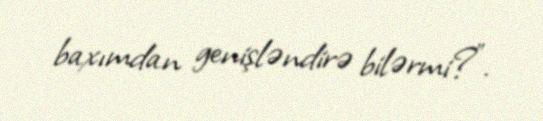
baxımdan genişləndirə bilərmi?”.